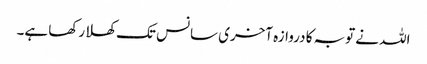
اللہ نے توبہ کا دروازہ آخری سانس تک کھلا رکھا ہے۔